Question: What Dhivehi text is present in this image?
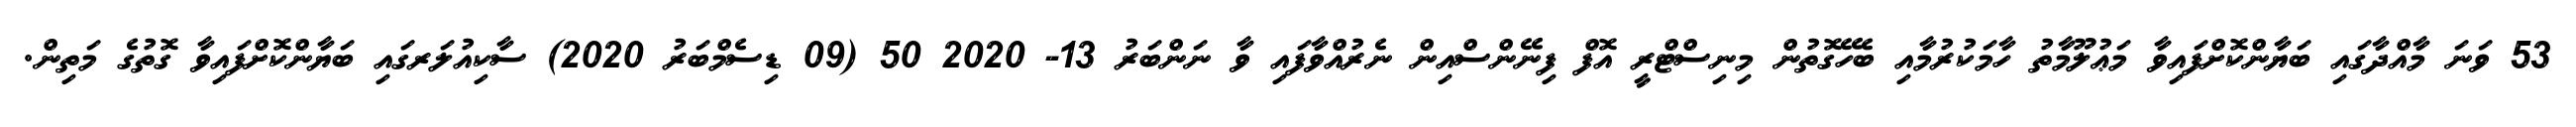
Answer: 53 ވަނަ މާއްދާގައި ބަޔާންކޮށްފައިވާ މަޢުލޫމާތު ހާމަކުރުމާއި ބެހޭގޮތުން މިނިސްޓްރީ އޮފް ފިނޭންސްއިން ނެރުއްވާފައި ވާ ނަންބަރު 13- 2020 50 (09 ޑިސެމްބަރު 2020) ސާކިއުލަރގައި ބަޔާންކޮށްފައިވާ ގޮތުގެ މަތިން.